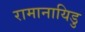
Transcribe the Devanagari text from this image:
रामानायिडु